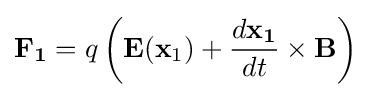
\mathbf {F_{1}} =q\left(\mathbf {E} (\mathbf {x} _{1})+{\frac {d\mathbf {x_{1}} }{dt}}\times \mathbf {B} \right)